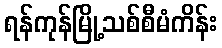
ရန်ကုန်မြို့သစ်စီမံကိန်း